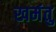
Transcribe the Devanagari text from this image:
खमंतु